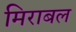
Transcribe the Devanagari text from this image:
मिराबल